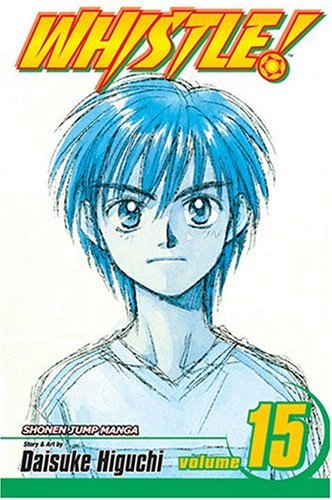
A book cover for Whistle!, Vol. 15 (v. 15); Daisuke Higuchi; Comics & Graphic Novels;